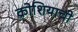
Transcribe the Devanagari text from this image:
क्रोशियाची